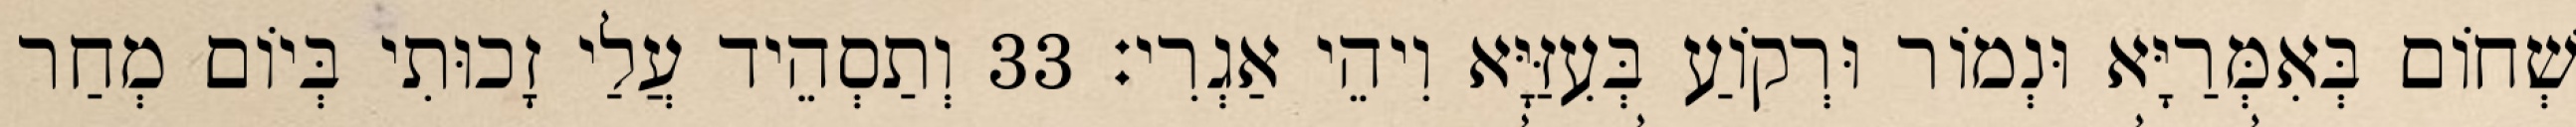
שְׁחוֹם בְּאִמְּרַיָּא וּנְמוֹר וּרְקוֹעַ בְּעִזַּיָּא וִיהֵי אַגְרִי׃ 33 וְתַסְהֵיד עֲלַי זָכוּתִי בְּיוֹם מְחַר